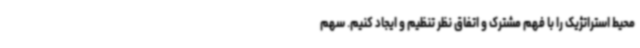
محیط استراتژیک را با فهم مشترک و اتفاق نظر تنظیم و ایجاد کنیم. سهم